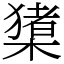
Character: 橥